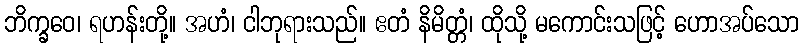
ဘိက္ခဝေ၊ ရဟန်းတို့။ အဟံ၊ ငါဘုရားသည်။ ဧတံ နိမိတ္တံ၊ ထိုသို့ မကောင်းသဖြင့် ဟောအပ်သော